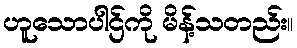
ဟူသောပါဌ်ကို မိန့်သတည်း။